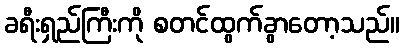
ခရီးရှည်ကြီးကို စတင်ထွက်ခွာတော့သည်။